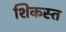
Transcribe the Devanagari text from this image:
शिकस्‍त